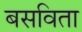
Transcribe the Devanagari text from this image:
बसविता